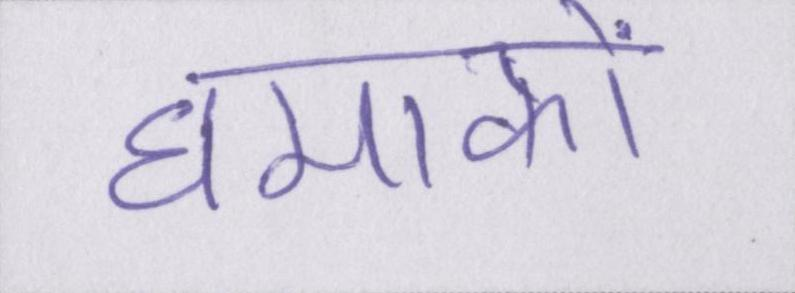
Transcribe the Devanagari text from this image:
धमाकों